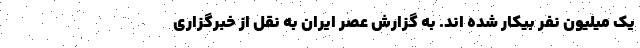
یک میلیون نفر بیکار شده اند. به گزارش عصر ایران به نقل از خبرگزاری